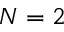
N = 2